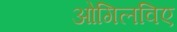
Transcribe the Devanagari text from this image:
ओगिलविए